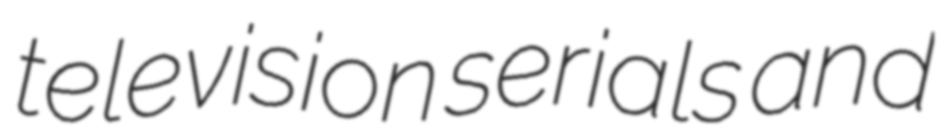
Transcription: television serials and